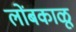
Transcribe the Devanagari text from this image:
लोंबकाळू